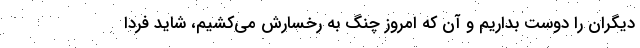
دیگران را دوست بداریم و آن که امروز چنگ به رخسارش می‌کشیم، شاید فردا